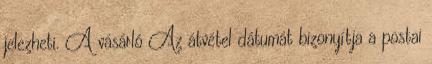
jelezheti. A vásárló Az átvétel dátumát bizonyítja a postai